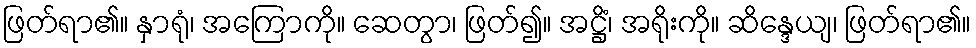
ဖြတ်ရာ၏။ နှာရုံ၊ အကြောကို။ ဆေတွာ၊ ဖြတ်၍။ အဋ္ဌိံ၊ အရိုးကို။ ဆိန္ဒေယျ၊ ဖြတ်ရာ၏။